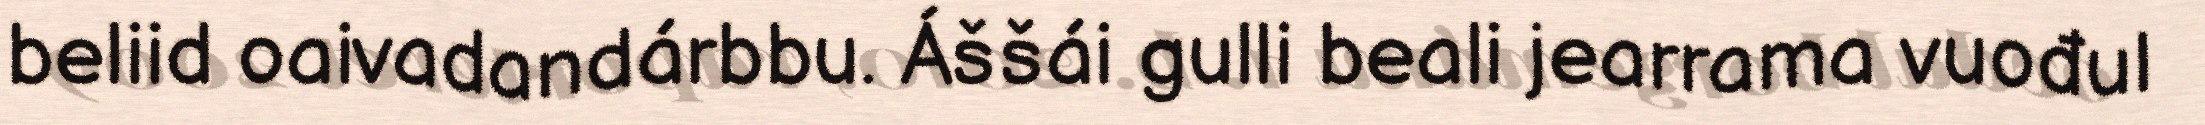
beliid oaivadandárbbu. Áššái gulli beali jearrama vuođul